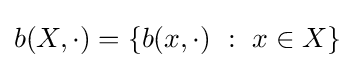
b(X,\cdot )=\left\{b(x,\cdot )~:~x\in X\right\}